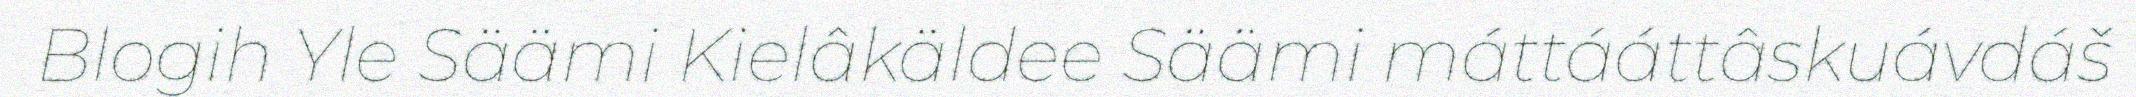
Blogih Yle Säämi Kielâkäldee Säämi máttááttâskuávdáš